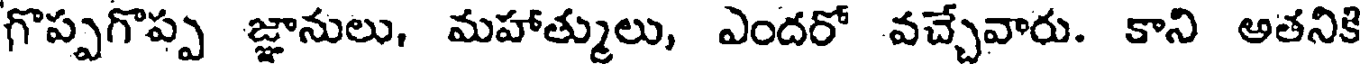
గొప్పగొప్ప జ్ఞానులు, మహాత్ములు, ఎందరో వచ్చేవారు. కాని అతనికి